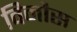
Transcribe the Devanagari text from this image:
विनौस